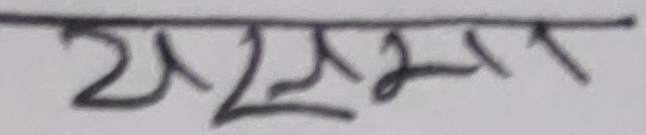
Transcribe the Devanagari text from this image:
यसभन्दा